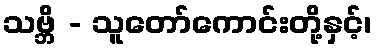
သဗ္ဘိ - သူတော်ကောင်းတို့နှင့်၊